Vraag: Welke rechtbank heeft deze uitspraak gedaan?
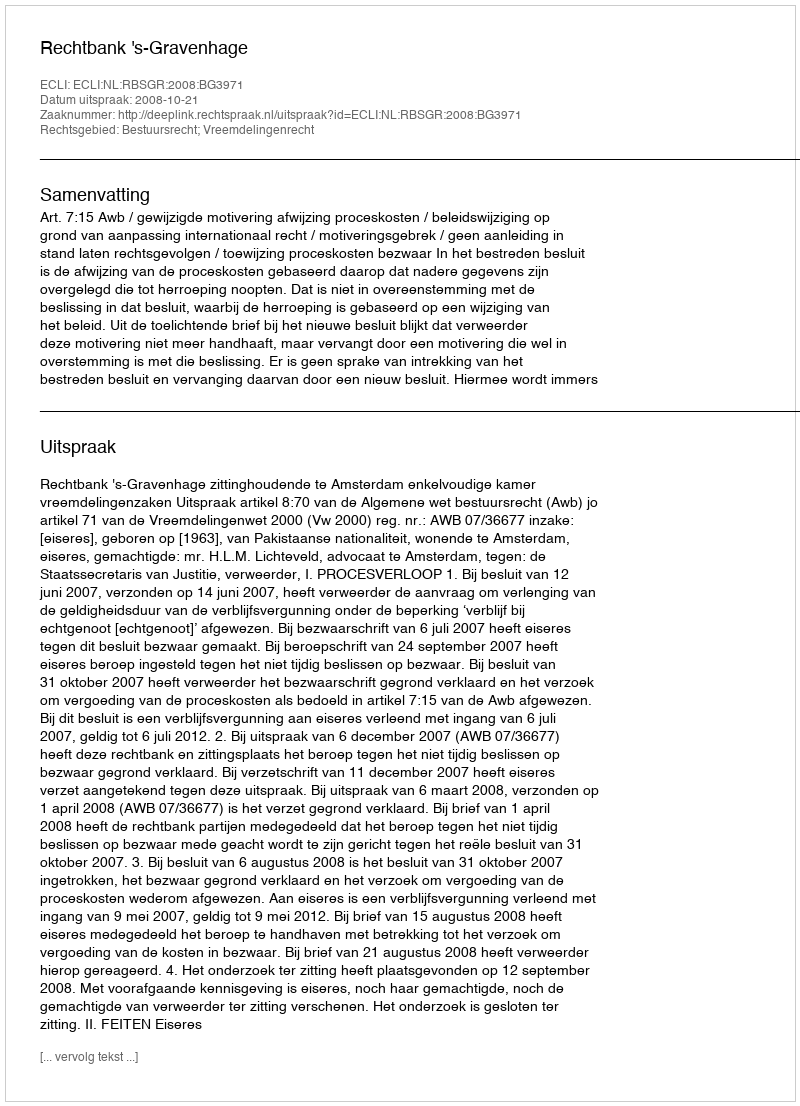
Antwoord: Rechtbank 's-Gravenhage